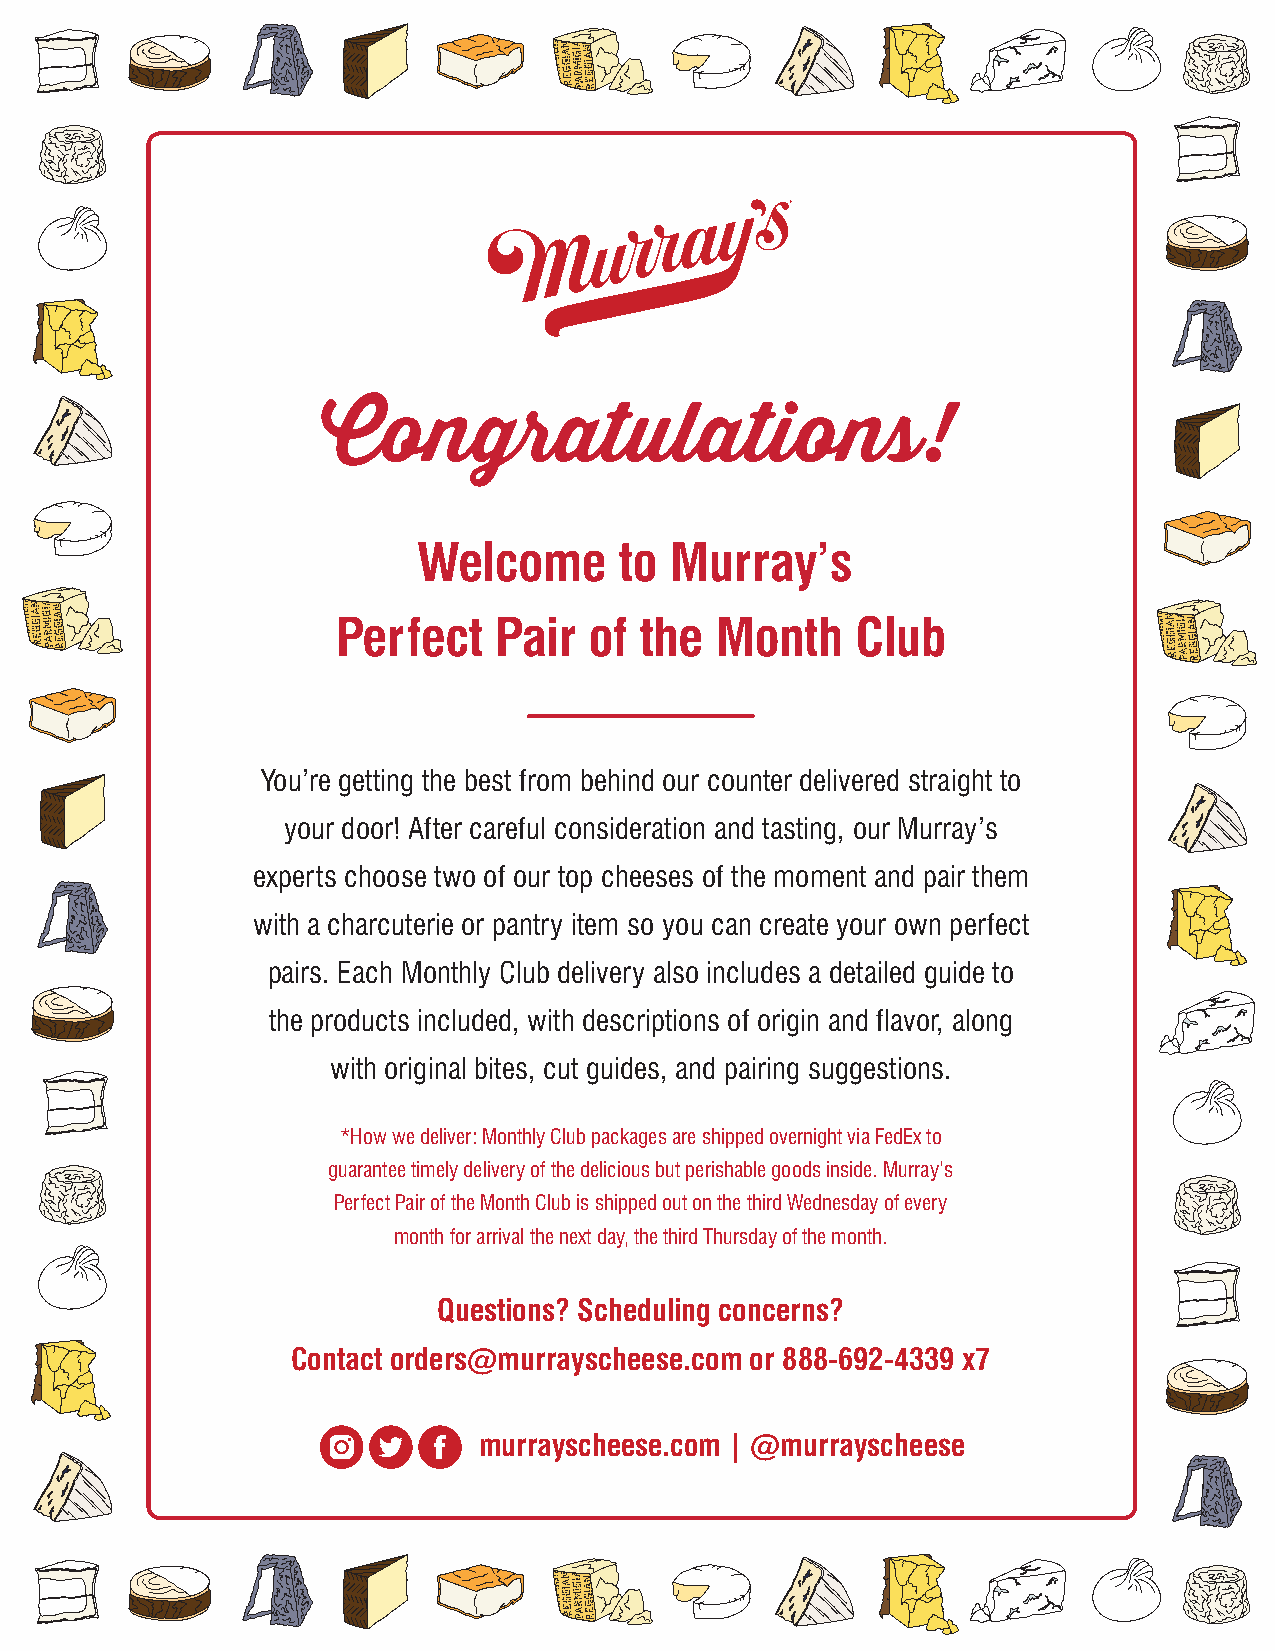
Congratulations!
 Welcome      to Murray’s
 Perfect    Pair  of the  Month     Club
 You’re getting the best from behind our counter delivered straight to
 your door! After careful consideration and tasting, our Murray’s
 experts choose two of our top cheeses of the moment and pair them
 with a charcuterie or pantry item so you can create your own perfect
 pairs. Each Monthly Club delivery also includes a detailed guide to
 the products included, with descriptions of origin and flavor, along
 with original bites, cut guides, and pairing suggestions.
 *How we deliver: Monthly Club packages are shipped overnight via FedEx to
 guarantee timely delivery of the delicious but perishable goods inside. Murray’s
 Perfect Pair of the Month Club is shipped out on the third Wednesday of every
 month for arrival the next day, the third Thursday of the month.
 Questions? Scheduling concerns?
 Contact orders@murrayscheese.com or 888-692-4339 x7
 murrayscheese.com | @murrayscheese